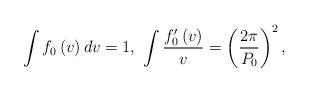
LaTeX: \begin{align*}\int f_{0}\left( v\right) dv=1,\ \int\frac{f_{0}^{\prime}\left( v\right)}{v}=\left( \frac{2\pi}{P_{0}}\right) ^{2},\ \ \end{align*}